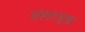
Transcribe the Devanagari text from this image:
संसारसुख